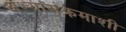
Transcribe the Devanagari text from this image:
अभ्यासक्रमाशी